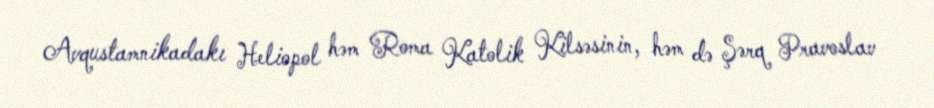
Avqustamnikadakı Heliopol həm Roma Katolik Kilsəsinin, həm də Şərq Pravoslav